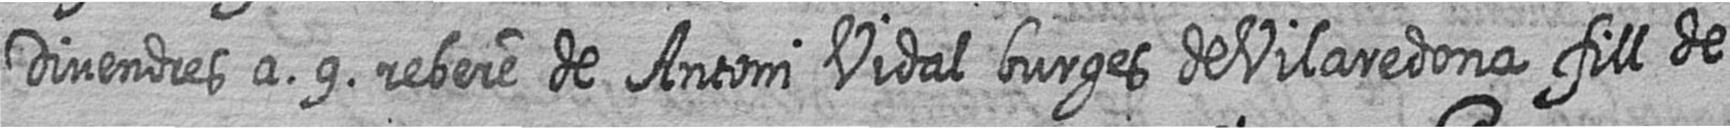
Divendres a 9 rebere de Antoni Vidal burges de Vilaredona fill de